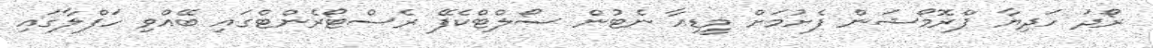
ރޯދަ ހަދިޔާ ޕްރޮމޯޝަން ފެށުމަށް މީޑިއާ ނެޓުން ސޯލްޓްކެފޭ ރެސްޓޯރެންޓްގައި ބޭއްވި ހަފްލާގައި